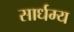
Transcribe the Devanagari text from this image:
सार्धम्य